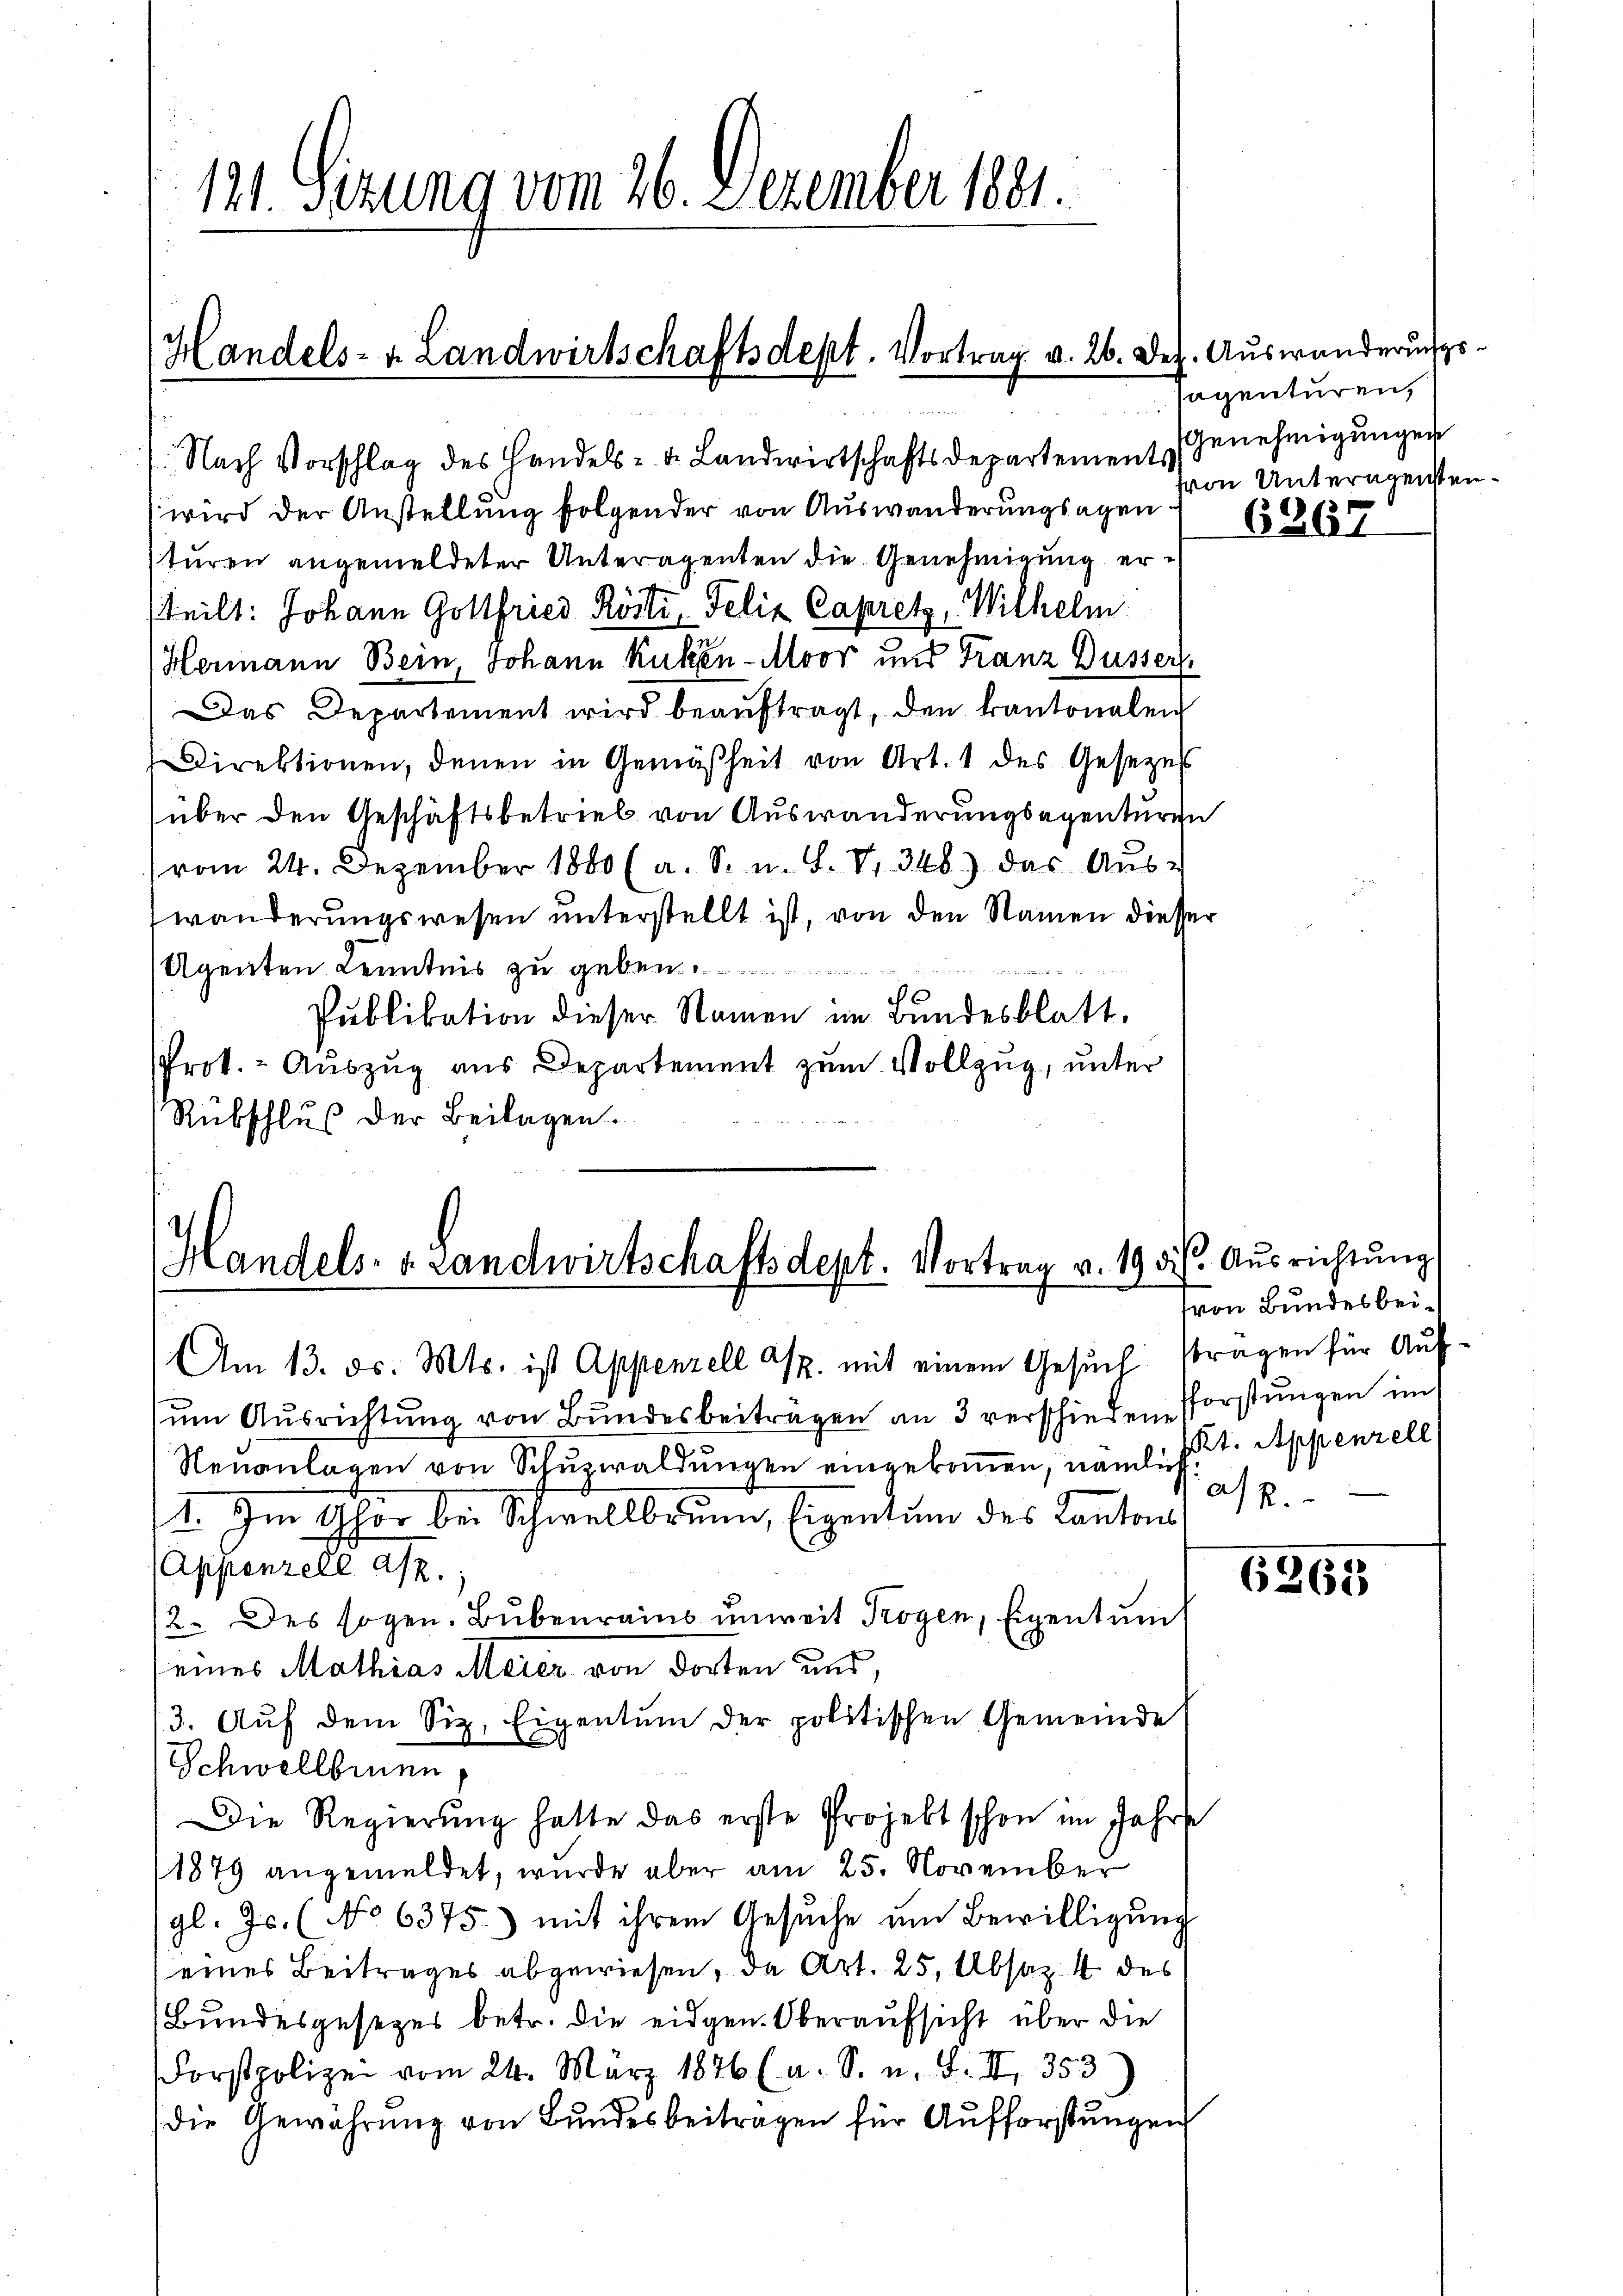
Nach Vorschlag des Handels- u. Landwirtschaftsdepartement Genehmigŭngen
wird der Anstellung folgender von Auswanderungsagen von Unteragensten
sturen angemeldeter Unteragenten die Genehmigung er¬
(teilt: Johann Gottfried Röstr, Felix Capretz, Wilhelm
Hermann Bein, Johann Kukén-Moor und Tranz Busser
Das Departement wird beaŭftragt, den kantonalen
Direktionen, denen in Gemäßheit von Art. 1 des Gesezes
über den Geschäftsbetrieb von Auswanderungsagenturen
(vom 24. Dezember 1880 (a. S. n. F. V. 346) das Aŭs-
wanderungswesen unterstellt ist, von den Namen diesser
4
Agenten Kenntnis zu geben.
Publikation dieser Namen im Bundesblatt,
Prot. - Auszug aus Departement zum Vollzug, unter
Rübschluß der Beilagen.

121. Sitzung vom 26. Dezember 1881.

Handels- u. Landwirtschaftsdept. Vortrag v. 26. Dez. Auswanderungs¬

Handels- u. Landwirtschaftsdept. Vortrag v. 19 v. 6. Ausrichtung
Am 13. ds. Mts. ist Appenzell T. mit einem Gesuch stragen für Auf¬

sagenturen,

um Ausrichtung von Bundesbeiträgen an 3 verschieden Pforstungen im
Neuanlagen von Schuswaldungen eingekommen, nämlich
1. Im Ghör bei Schwellbrunn, Eigentum des Kantons
(Appenzell a/R.;
/2. des sogen. Bubenrains unweit Trogen, Eigentum
eines Mathias Meier von dorten uns,
3. Auf dem Siz. Eigentum der politischen Gemeinde
Schwellbrunn
Die Regierung hatte das erste Projekt schon im Jahre
1879 angemeldet, wurde aber am 25. November
gl. Js. (No 6375.) mit ihrem Gesuche um Bewilligung
eines Beitrages abgewiesen, da Art. 25. Absaz 4 des
Bundesgesezes betr. die eidgen. Oberaufsicht über die
Forstpolizei vom 24. März 1846 (a. S. n. F. II 353)
die Gewährŭng von Bŭndesbeitragen für Aufforstŭngen

6267

von Bundesbei¬
Kt. Appenzell
a/R.

6265